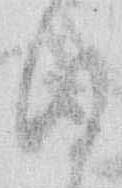
ひ